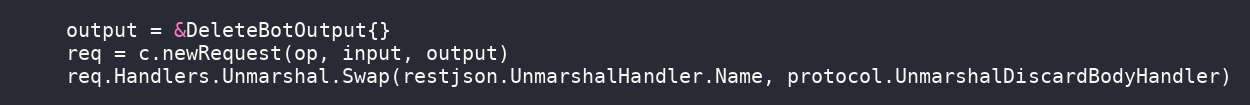
Language: Go
	output = &DeleteBotOutput{}
	req = c.newRequest(op, input, output)
	req.Handlers.Unmarshal.Swap(restjson.UnmarshalHandler.Name, protocol.UnmarshalDiscardBodyHandler)